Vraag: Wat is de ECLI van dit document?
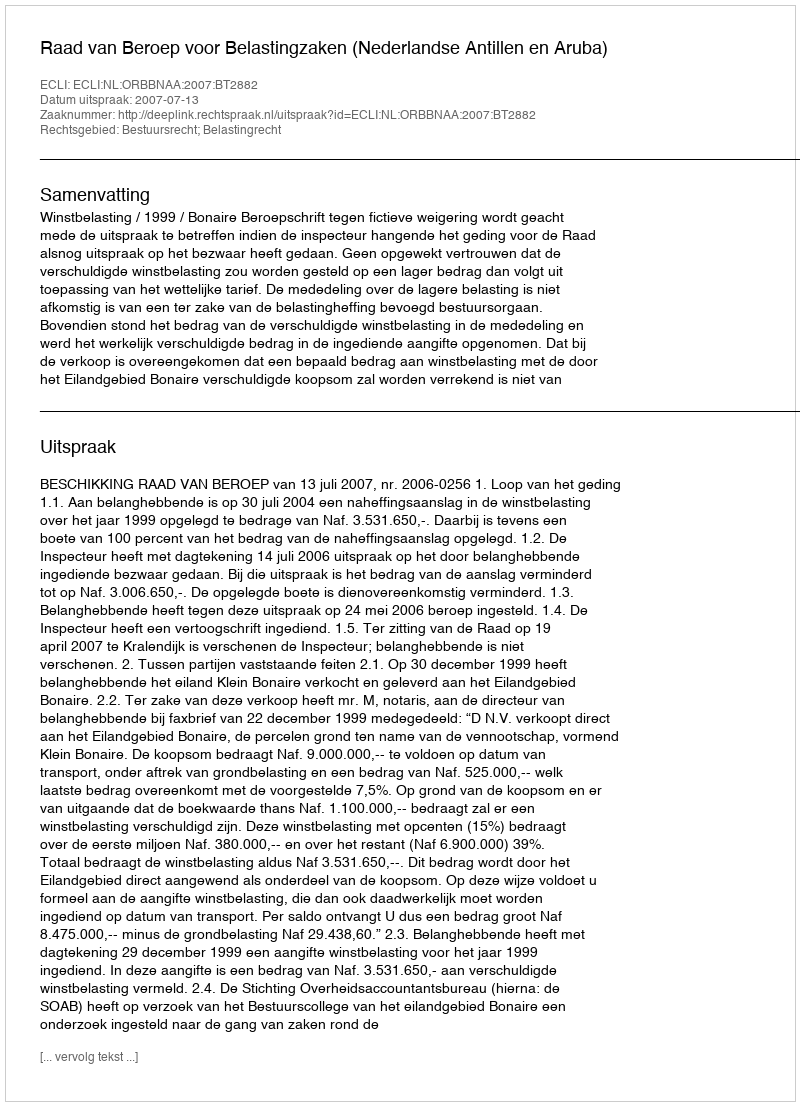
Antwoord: ECLI:NL:ORBBNAA:2007:BT2882